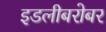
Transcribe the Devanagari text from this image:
इडलीबरोबर